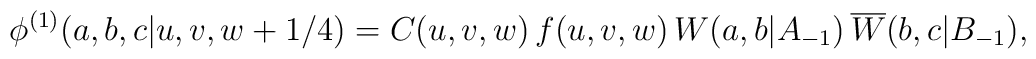
\phi^{(1)}(a,b,c|u,v,w+1/4) = C(u,v,w)\,f(u,v,w)\,W(a,b|A_{-1})\,\overline{W}(b,c|B_{-1}),